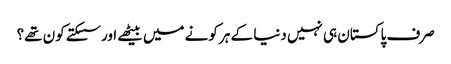
صرف پاکستان ہی نہیں دنیا کے ہر کونے میں بیٹھے اور سسکتے کون تھے؟